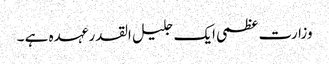
وزارت عظمی ایک جلیل القدر عہدہ ہے ۔